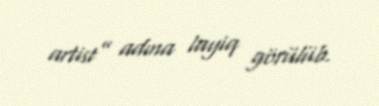
artist” adına layiq görülüb.